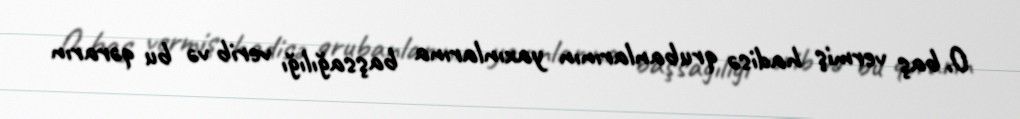
O, baş vermiş hadisə qrubanlarının yaxınlarına başsağılığı verib və bu qərarın